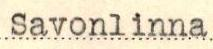
Savonlinna